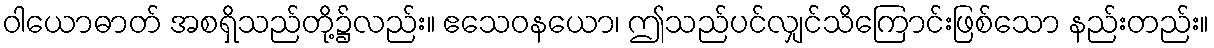
ဝါယောဓာတ် အစရှိသည်တို့၌လည်း။ ဧသေဝနယော၊ ဤသည်ပင်လျှင်သိကြောင်းဖြစ်သော နည်းတည်း။